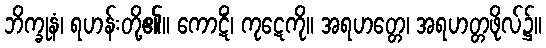
ဘိက္ခုနံ၊ ရဟန်းတို့၏။ ကောဋိံ၊ ကုဋေကို။ အရဟတ္တေ၊ အရဟတ္တဖိုလ်၌။